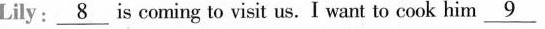
Lily:\underline{8} s coming to visit us.I want to cook him \underline{9}